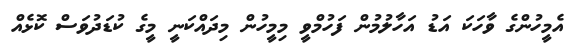
އެމީހުންގެ ވާހަކަ އަޑު އަހާލުމުން ފަހުމްވީ މިމީހުން މިދައްކަނީ މީގެ ކުޑަދުވަސް ކޮޅެއް